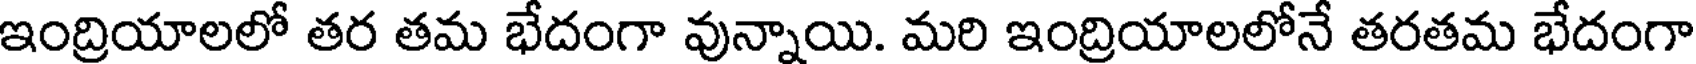
ఇంద్రియాలలో తర తమ భేదంగా వున్నాయి. మరి ఇంద్రియాలలోనే తరతమ భేదంగా